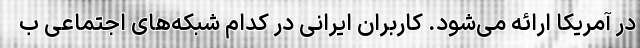
در آمریکا ارائه می‌شود. کاربران ایرانی در کدام شبکه‌های اجتماعی ب